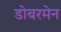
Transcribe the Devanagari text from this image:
डोबरमेन